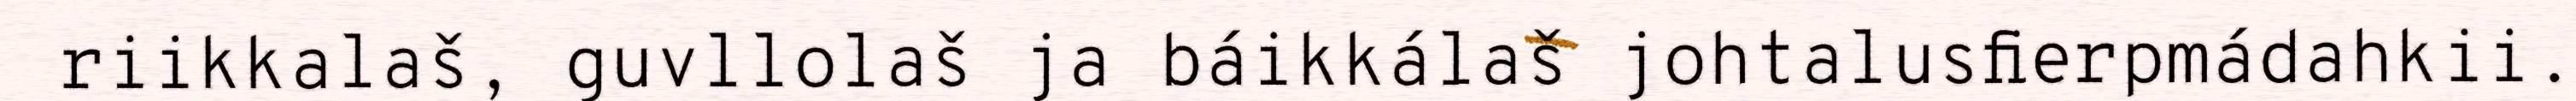
riikkalaš, guvllolaš ja báikkálaš johtalusfierpmádahkii.